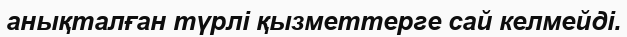
анықталған түрлі қызметтерге сай келмейді.